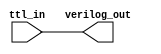
module TTL_buffer (
    input ttl_in,
    output verilog_out
);

assign verilog_out = ttl_in;

endmodule